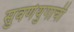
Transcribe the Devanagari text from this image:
सुवर्णयुगाची